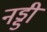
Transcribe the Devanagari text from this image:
नड्डी